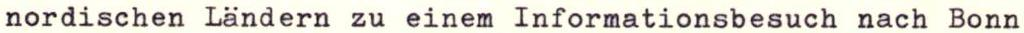
nordischen Ländern zu einem Informationsbesuch nach Bonn